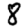
Digit: 8